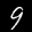
Label: 9